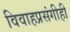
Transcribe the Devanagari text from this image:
विवाहप्रसंगीही